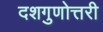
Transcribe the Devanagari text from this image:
दशगुणोत्तरी